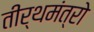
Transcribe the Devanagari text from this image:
तीर्थमंत्रो